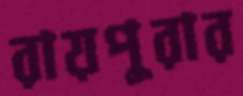
রায়পুরার